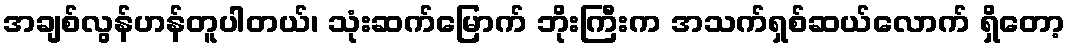
အချစ်လွန်ဟန်တူပါတယ်၊ သုံးဆက်မြောက် ဘိုးကြီးက အသက်ရှစ်ဆယ်လောက် ရှိတော့